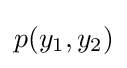
p(y_{1},y_{2})